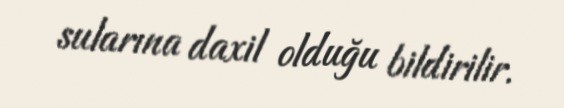
sularına daxil olduğu bildirilir.